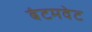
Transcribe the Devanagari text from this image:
बंटमवेट